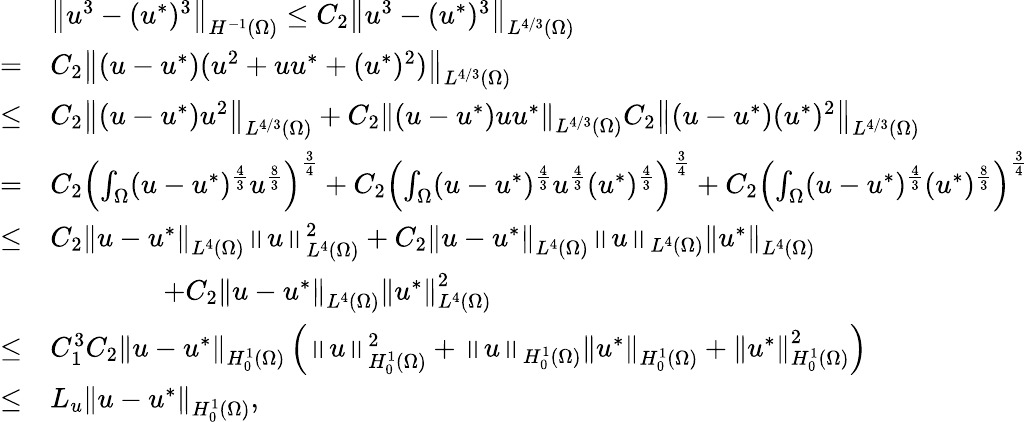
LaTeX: \begin{array}{rl}&{\left\Vert u^{3}-(u^{*})^{3}\right\Vert_{H^{-1}(\Omega)}\leq C_{2}\left\Vert u^{3}-(u^{*})^{3}\right\Vert_{L^{4/3}(\Omega)}}\\ {=}&{C_{2}\left\Vert(u-u^{*})(u^{2}+uu^{*}+(u^{*})^{2})\right\Vert_{L^{4/3}(\Omega)}}\\ {\leq}&{C_{2}\left\Vert(u-u^{*})u^{2}\right\Vert_{L^{4/3}(\Omega)}+C_{2}\left\Vert(u-u^{*})uu^{*}\right\Vert_{L^{4/3}(\Omega)}C_{2}\left\Vert(u-u^{*})(u^{*})^{2}\right\Vert_{L^{4/3}(\Omega)}}\\ {=}&{C_{2}\left(\int_{\Omega}(u-u^{*})^{\frac{4}{3}}u^{\frac{8}{3}}\right)^{\frac{3}{4}}+C_{2}\left(\int_{\Omega}(u-u^{*})^{\frac{4}{3}}u^{\frac{4}{3}}(u^{*})^{\frac{4}{3}}\right)^{\frac{3}{4}}+C_{2}\left(\int_{\Omega}(u-u^{*})^{\frac{4}{3}}(u^{*})^{\frac{8}{3}}\right)^{\frac{3}{4}}}\\ {\leq}&{C_{2}\left\Vert u-u^{*}\right\Vert_{L^{4}(\Omega)}\left\Vert u\right\Vert_{L^{4}(\Omega)}^{2}+C_{2}\left\Vert u-u^{*}\right\Vert_{L^{4}(\Omega)}\left\Vert u\right\Vert_{L^{4}(\Omega)}\left\Vert u^{*}\right\Vert_{L^{4}(\Omega)}}\\ &{\qquad\qquad+C_{2}\left\Vert u-u^{*}\right\Vert_{L^{4}(\Omega)}\left\Vert u^{*}\right\Vert_{L^{4}(\Omega)}^{2}}\\ {\leq}&{C_{1}^{3}C_{2}\left\Vert u-u^{*}\right\Vert_{H_{0}^{1}(\Omega)}\left(\left\Vert u\right\Vert_{H_{0}^{1}(\Omega)}^{2}+\left\Vert u\right\Vert_{H_{0}^{1}(\Omega)}\left\Vert u^{*}\right\Vert_{H_{0}^{1}(\Omega)}+\left\Vert u^{*}\right\Vert_{H_{0}^{1}(\Omega)}^{2}\right)}\\ {\leq}&{L_{u}\left\Vert u-u^{*}\right\Vert_{H_{0}^{1}(\Omega)},}\end{array}